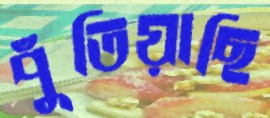
পুঁতিয়াছি